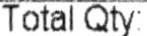
TOTAL QTY: